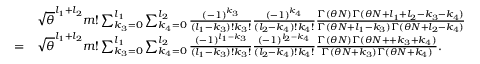
\begin{array} { r l } & { \sqrt { \theta } ^ { l _ { 1 } + l _ { 2 } } m ! \sum _ { k _ { 3 } = 0 } ^ { l _ { 1 } } \sum _ { k _ { 4 } = 0 } ^ { l _ { 2 } } \frac { ( - 1 ) ^ { k _ { 3 } } } { ( l _ { 1 } - k _ { 3 } ) ! k _ { 3 } ! } \frac { ( - 1 ) ^ { k _ { 4 } } } { ( l _ { 2 } - k _ { 4 } ) ! k _ { 4 } ! } \frac { \Gamma ( \theta N ) \Gamma ( \theta N + l _ { 1 } + l _ { 2 } - k _ { 3 } - k _ { 4 } ) } { \Gamma ( \theta N + l _ { 1 } - k _ { 3 } ) \Gamma ( \theta N + l _ { 2 } - k _ { 4 } ) } } \\ { = } & { \sqrt { \theta } ^ { l _ { 1 } + l _ { 2 } } m ! \sum _ { k _ { 3 } = 0 } ^ { l _ { 1 } } \sum _ { k _ { 4 } = 0 } ^ { l _ { 2 } } \frac { ( - 1 ) ^ { l _ { 1 } - k _ { 3 } } } { ( l _ { 1 } - k _ { 3 } ) ! k _ { 3 } ! } \frac { ( - 1 ) ^ { l _ { 2 } - k _ { 4 } } } { ( l _ { 2 } - k _ { 4 } ) ! k _ { 4 } ! } \frac { \Gamma ( \theta N ) \Gamma ( \theta N + + k _ { 3 } + k _ { 4 } ) } { \Gamma ( \theta N + k _ { 3 } ) \Gamma ( \theta N + k _ { 4 } ) } . } \end{array}